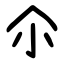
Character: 尒